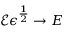
\mathcal { E } \epsilon ^ { \frac { 1 } { 2 } } \rightarrow E